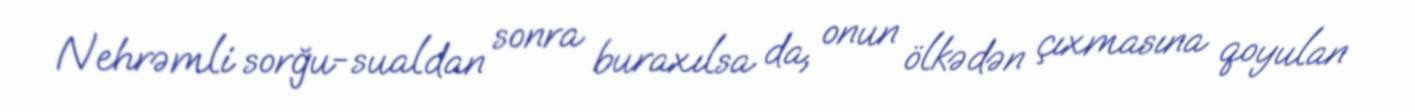
Nehrəmli sorğu-sualdan sonra buraxılsa da, onun ölkədən çıxmasına qoyulan